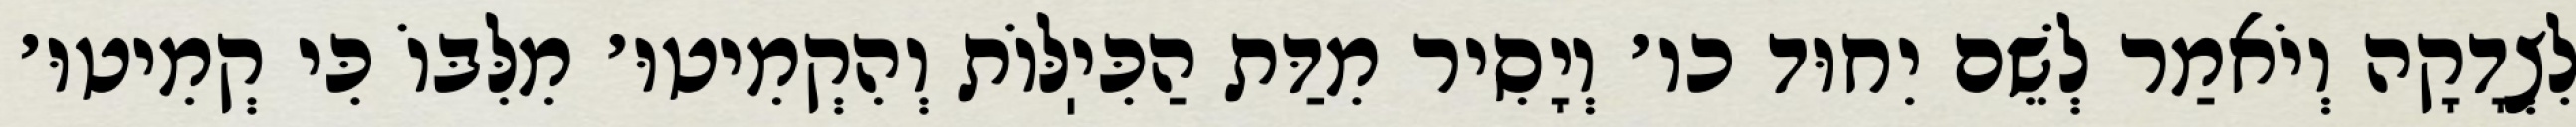
לִצְדָקָה וְיֹאמַר לְשֵׁם יִחוּד כו׳ וְיָסִיר מִדַּת הַכִּיֽלּוֹת וְהִקְמִיטוּ׳ מִלִּבּוֹ כִּי קְמִיטוּ׳